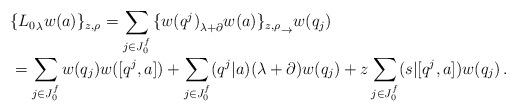
LaTeX: \begin{align*}\begin{array}{l}\displaystyle{\vphantom{\Big(}\{{L_0}_\lambda w(a)\}_{z,\rho}=\sum_{j\in J^f_0}{\{{w(q^{j})}_{\lambda+\partial} w(a)\}_{z,\rho}}_\to w(q_{j})} \\\displaystyle{\vphantom{\Big(}=\sum_{j\in J^f_0}w(q_{j})w([q^{j},a])+\sum_{j\in J^f_0}(q^{j}|a)(\lambda+\partial)w(q_{j})+z\sum_{j\in J^f_0}(s|[q^{j},a])w(q_{j})\,.}\end{array}\end{align*}